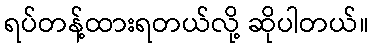
ရပ်တန့်ထားရတယ်လို့ ဆိုပါတယ်။